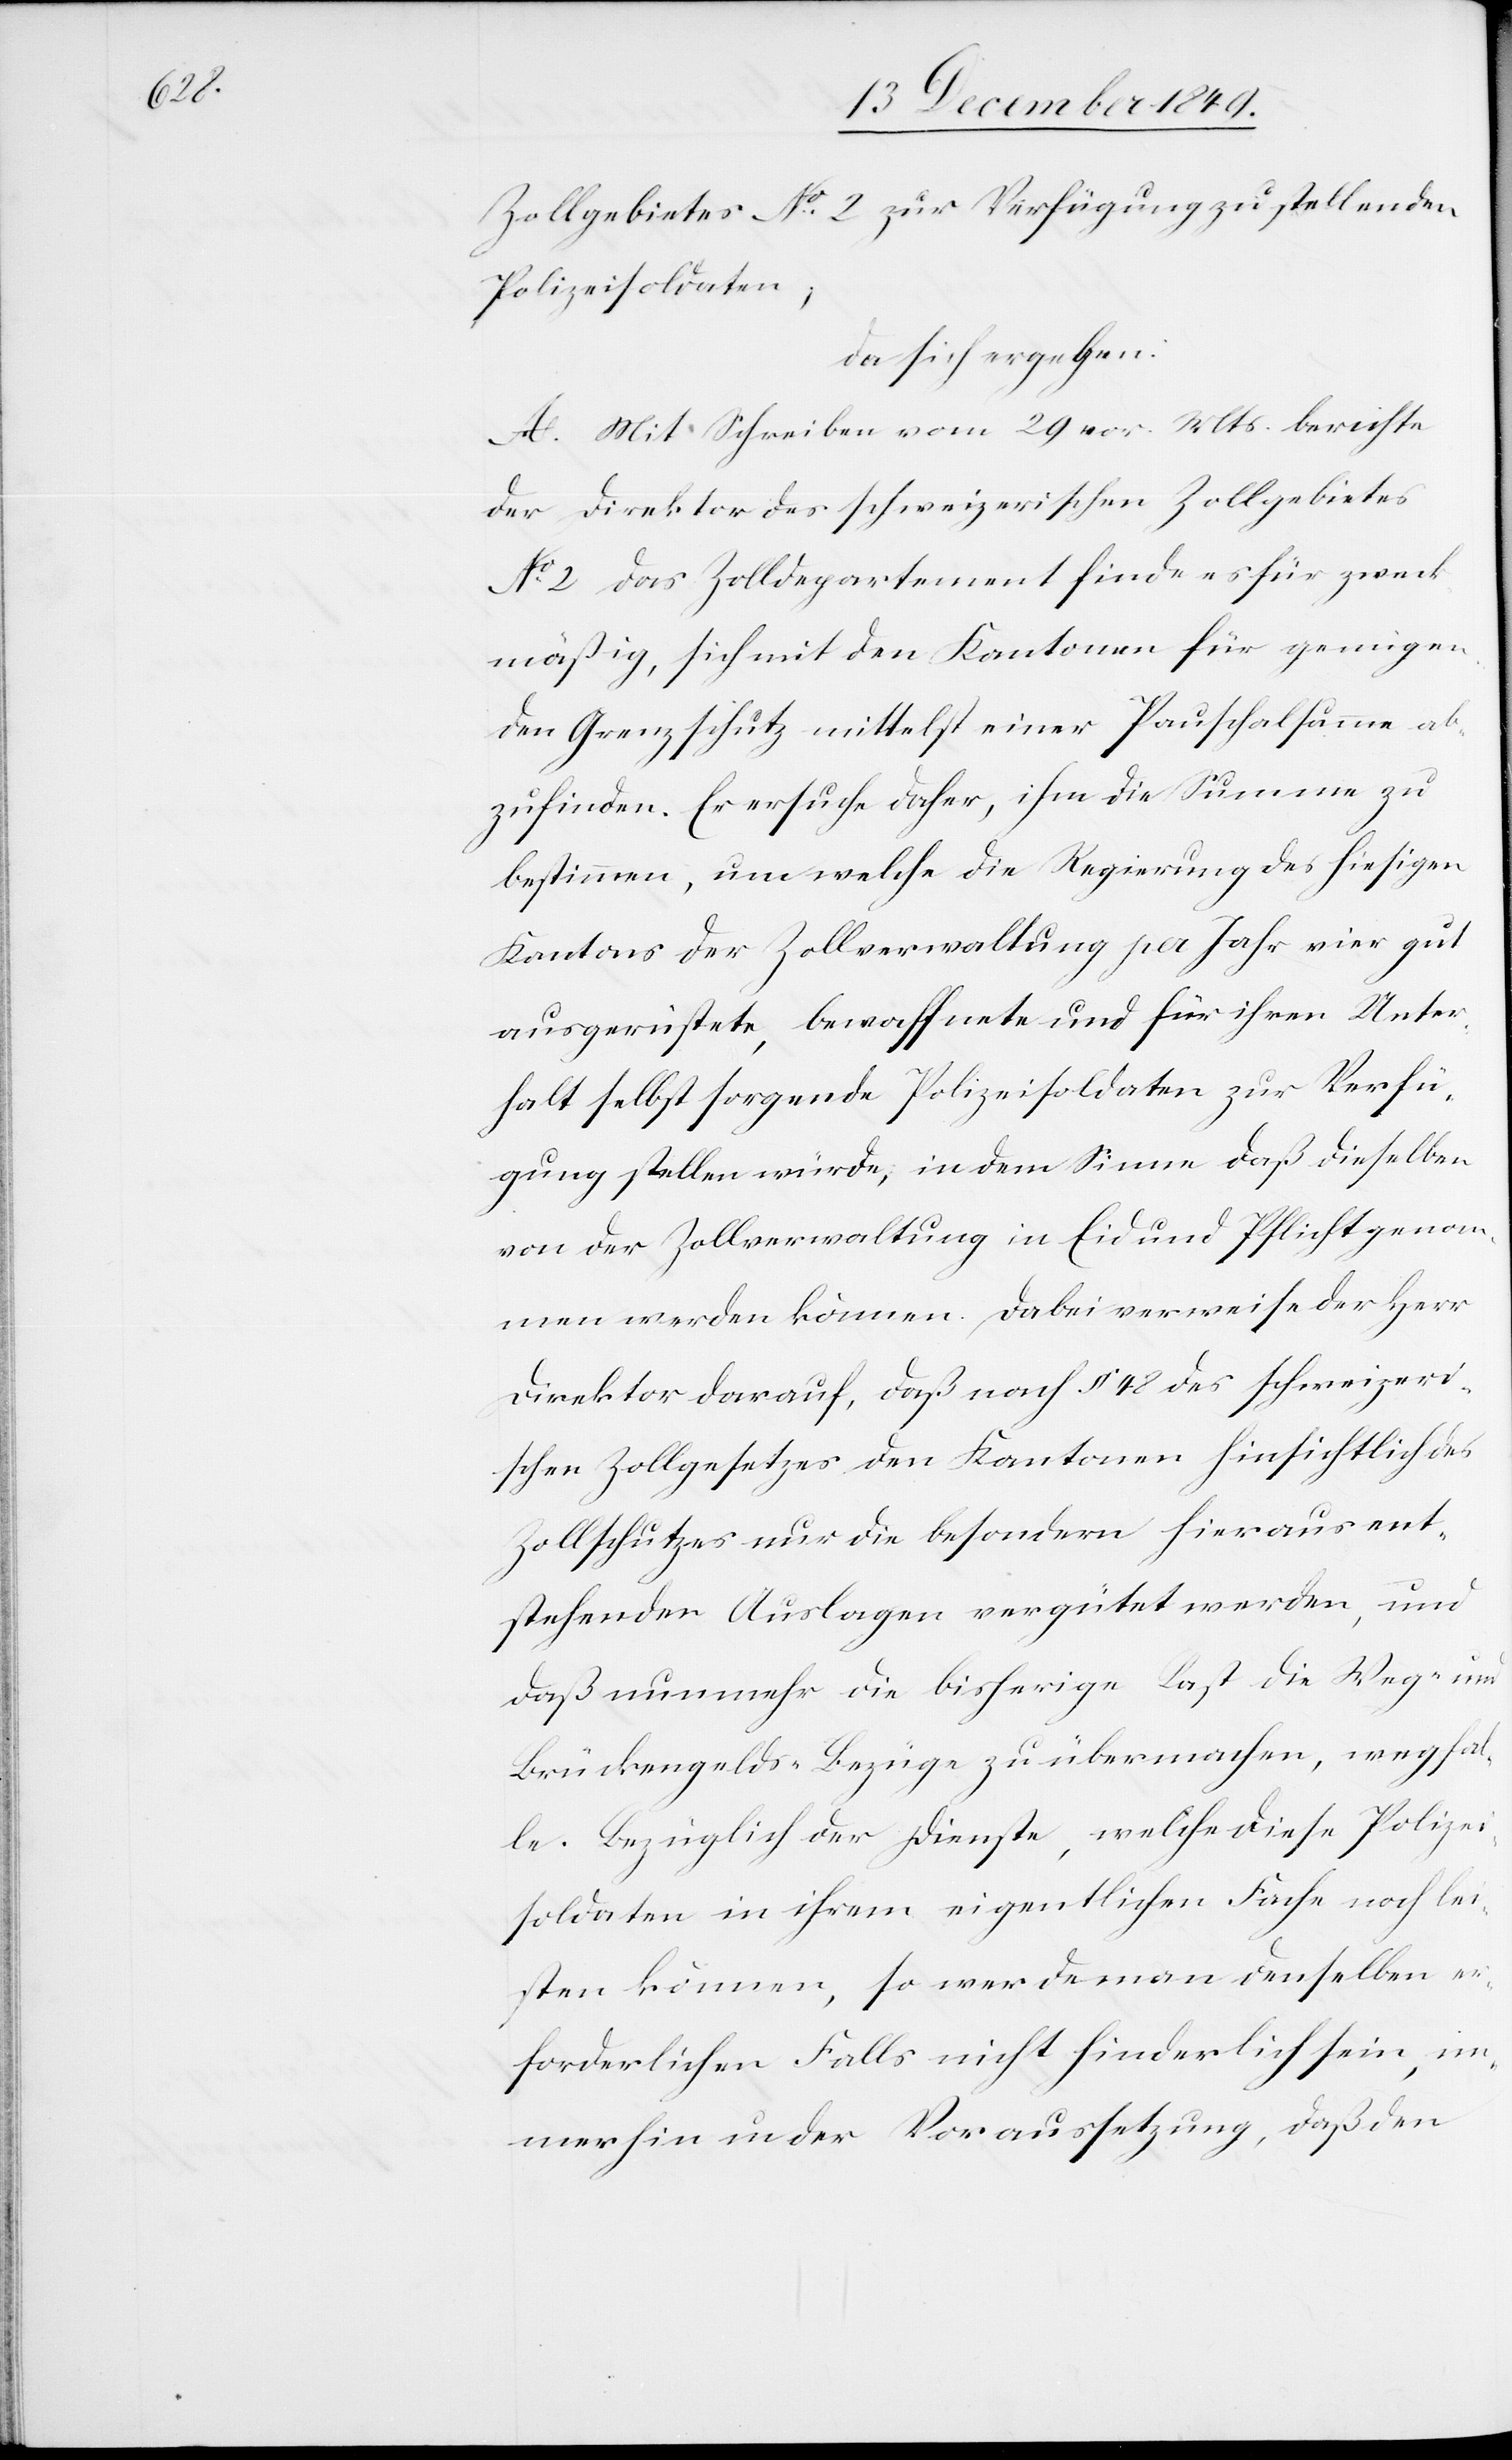
Zollgebietes N° 2 zur Verfügung zu stellenden
Polizeisoldaten;
da sich ergeben:
A. Mit Schreiben vom 29 vor. Mts. berichte
der Direktor des schweizerischen Zollgebietes
N° 2 das Zolldepartement finde es für zweck¬
mäßig, sich mit den Kantonen für genügen¬
den Grenzschutz mittelst einer Pauschalsumme ab¬
zufinden. Er ersuche daher, ihm die Summe zu
bestimmen, um welche die Regierung des hiesigen
Kantons der Zollverwaltung pro Jahr vier gut
ausgerüstete, bewaffnete und für ihren Unter¬
halt selbst sorgende Polizeisoldaten zur Verfü¬
gung stellen würde, in dem Sinne daß dieselben
von der Zollverwaltung in Eid und Pflicht genom¬
men werden können. Dabei verweise der Herr
Direktor darauf, daß nach § 42 des schweizeri¬
schen Zollgesetzes den Kantonen hinsichtlich des
Zollschutzes nur die besondern hieraus ent¬
stehenden Auslagen vergütet werden, und
daß nunmehr die bisherige Last die Weg- und
Brückengelds-Bezüge zu übermachen, wegfal¬
le. Bezüglich der Dienste, welche diese Polizei¬
soldaten in ihrem eigentlichen Fache noch lei¬
sten können, so werde man denselben er¬
forderlichen Falls nicht hinderlich sein, im¬
merhin in der Voraussetzung, daß den